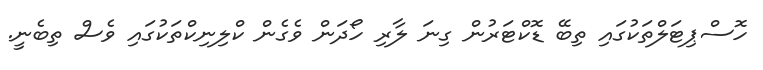
ހޮސްޕިޓަލްތަކުގައި ތިބޭ ޑޮކްޓަރުން ގިނަ ލާރި ހޯދަން ވެގެން ކްލިނިކްތަކުގައި ވެސް ތިބެނީ.